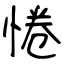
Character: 惓